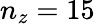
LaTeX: n_{z}=15